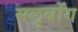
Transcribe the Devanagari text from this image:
सलुबोंग